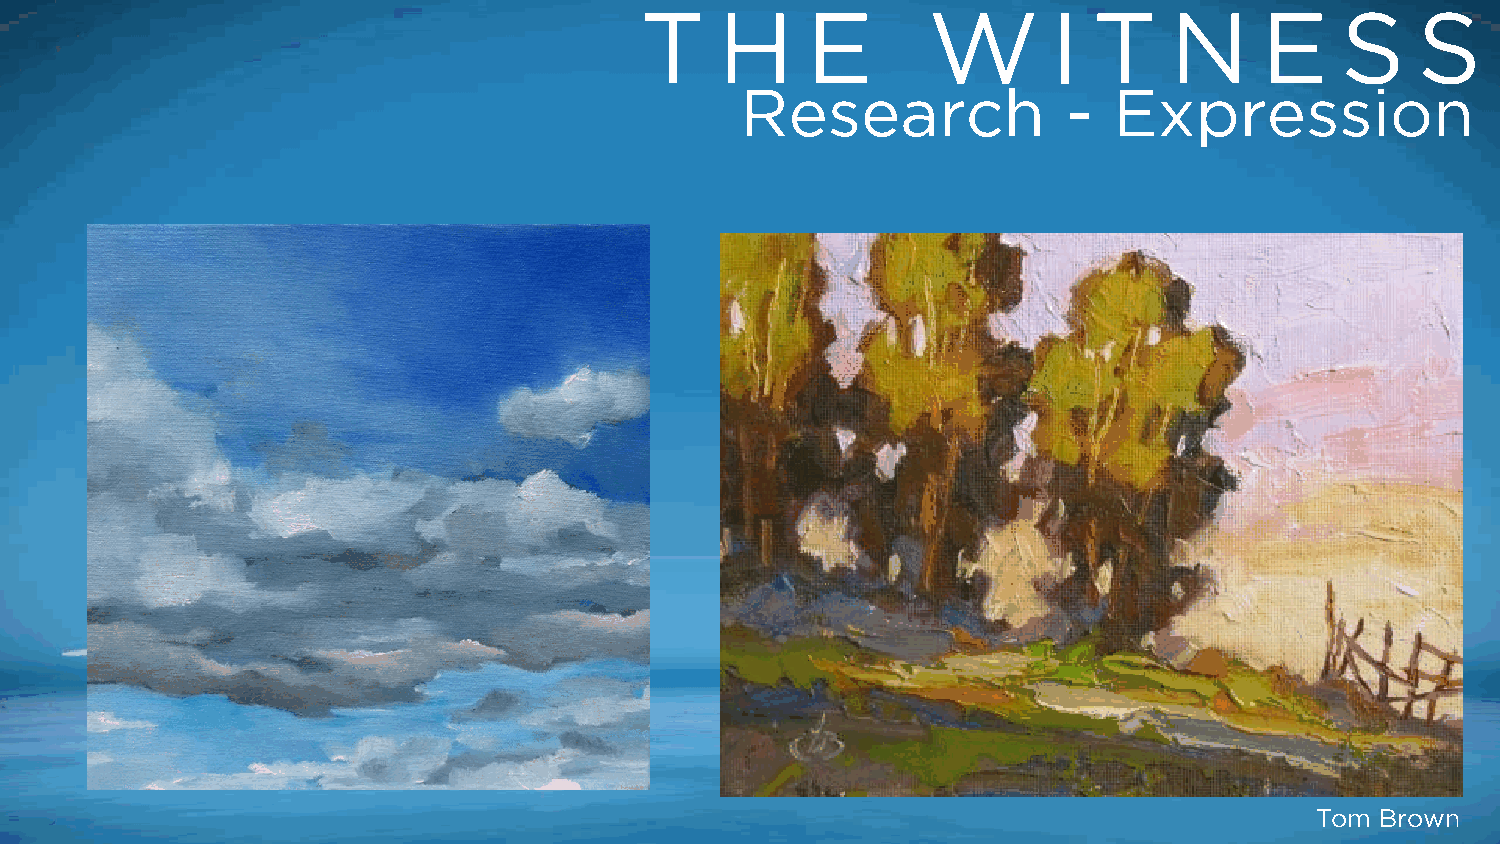
T     H    E       W        I T    N      E    S    S
 Research              -  Expression
 Tom Brown